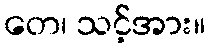
တေ၊ သင့်အား။